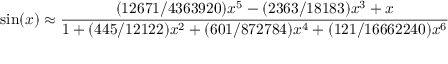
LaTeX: \sin ( x ) \approx { \frac { ( 1 2 6 7 1 / 4 3 6 3 9 2 0 ) x ^ { 5 } - ( 2 3 6 3 / 1 8 1 8 3 ) x ^ { 3 } + x } { 1 + ( 4 4 5 / 1 2 1 2 2 ) x ^ { 2 } + ( 6 0 1 / 8 7 2 7 8 4 ) x ^ { 4 } + ( 1 2 1 / 1 6 6 6 2 2 4 0 ) x ^ { 6 } } }